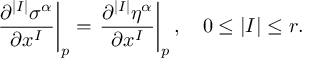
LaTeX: \left. { \frac { \partial ^ { | I | } \sigma ^ { \alpha } } { \partial x ^ { I } } } \right| _ { p } = \left. { \frac { \partial ^ { | I | } \eta ^ { \alpha } } { \partial x ^ { I } } } \right| _ { p } , \quad 0 \leq | I | \leq r .